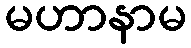
မဟာနာမ